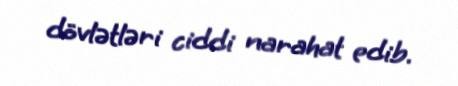
dövlətləri ciddi narahat edib.